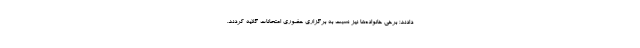
دادند؛ برخی خانواده‌ها نیز نسبت به برگزاری حضوری امتحانات گلایه کردند.